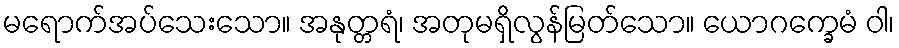
မရောက်အပ်သေးသော။ အနုတ္တရံ၊ အတုမရှိလွန်မြတ်သော။ ယောဂက္ခေမံ ဝါ၊